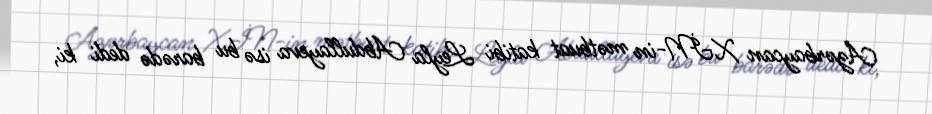
Azərbaycan XİN-in mətbuat katibi Leyla Abdullayeva isə bu barədə dedi ki,